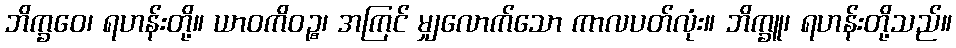
ဘိက္ခဝေ၊ ရဟန်းတို့။ ယာဝကိဝဉ္စ၊ အကြင် မျှလောက်သော ကာလပတ်လုံး။ ဘိက္ခူ၊ ရဟန်းတို့သည်။